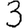
Digit: 3